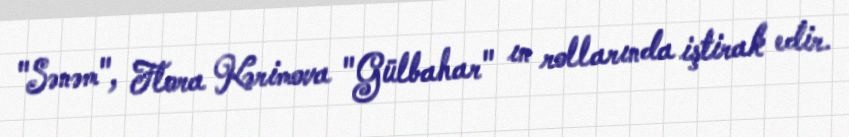
"Sənəm", Flora Kərimova "Gülbahar" ın rollarında iştirak edir.